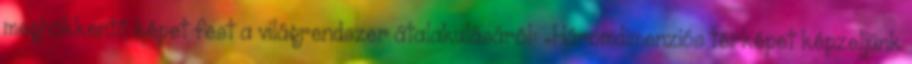
meghökkentő képet fest a világrendszer átalakulásáról: „Háromdimenziós térképet képzeljünk